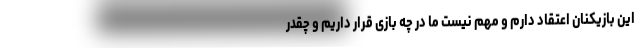
این بازیکنان اعتقاد دارم و مهم نیست ما در چه بازی قرار داریم و چقدر